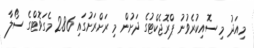
މިއަދު މި ސޮއިކުރެވުނު ޕްރޮޖެކްޓުގެ ދަށުން މި ރަށްރަށުގައި 2.86 މެގަވޮޓްގެ ސޯލާ